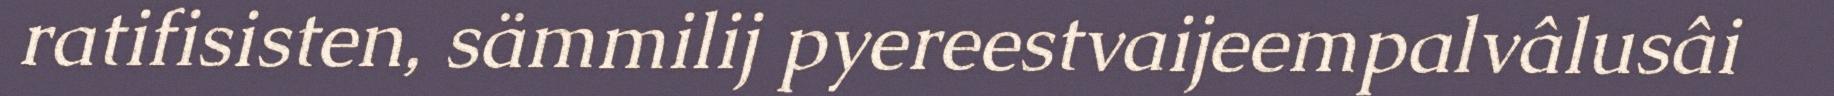
ratifisisten, sämmilij pyereestvaijeempalvâlusâi